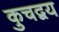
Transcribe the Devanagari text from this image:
कुचद्वय